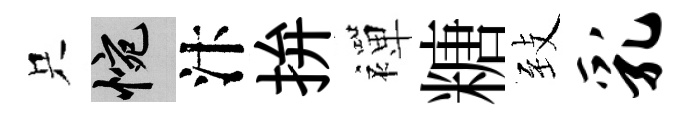
只惋汴拚襌糖𦤺乳